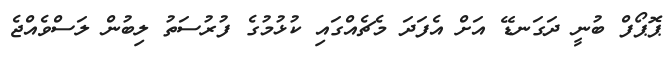
ޕޮޕޯފް ބުނީ ދަގަނޑޭ އަށް އެފަދަ މެޗެއްގައި ކުޅުމުގެ ފުރުސަތު ލިބުން ލަސްވެއްޖެ